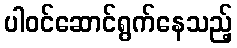
ပါဝင်ဆောင်ရွက်နေသည့်